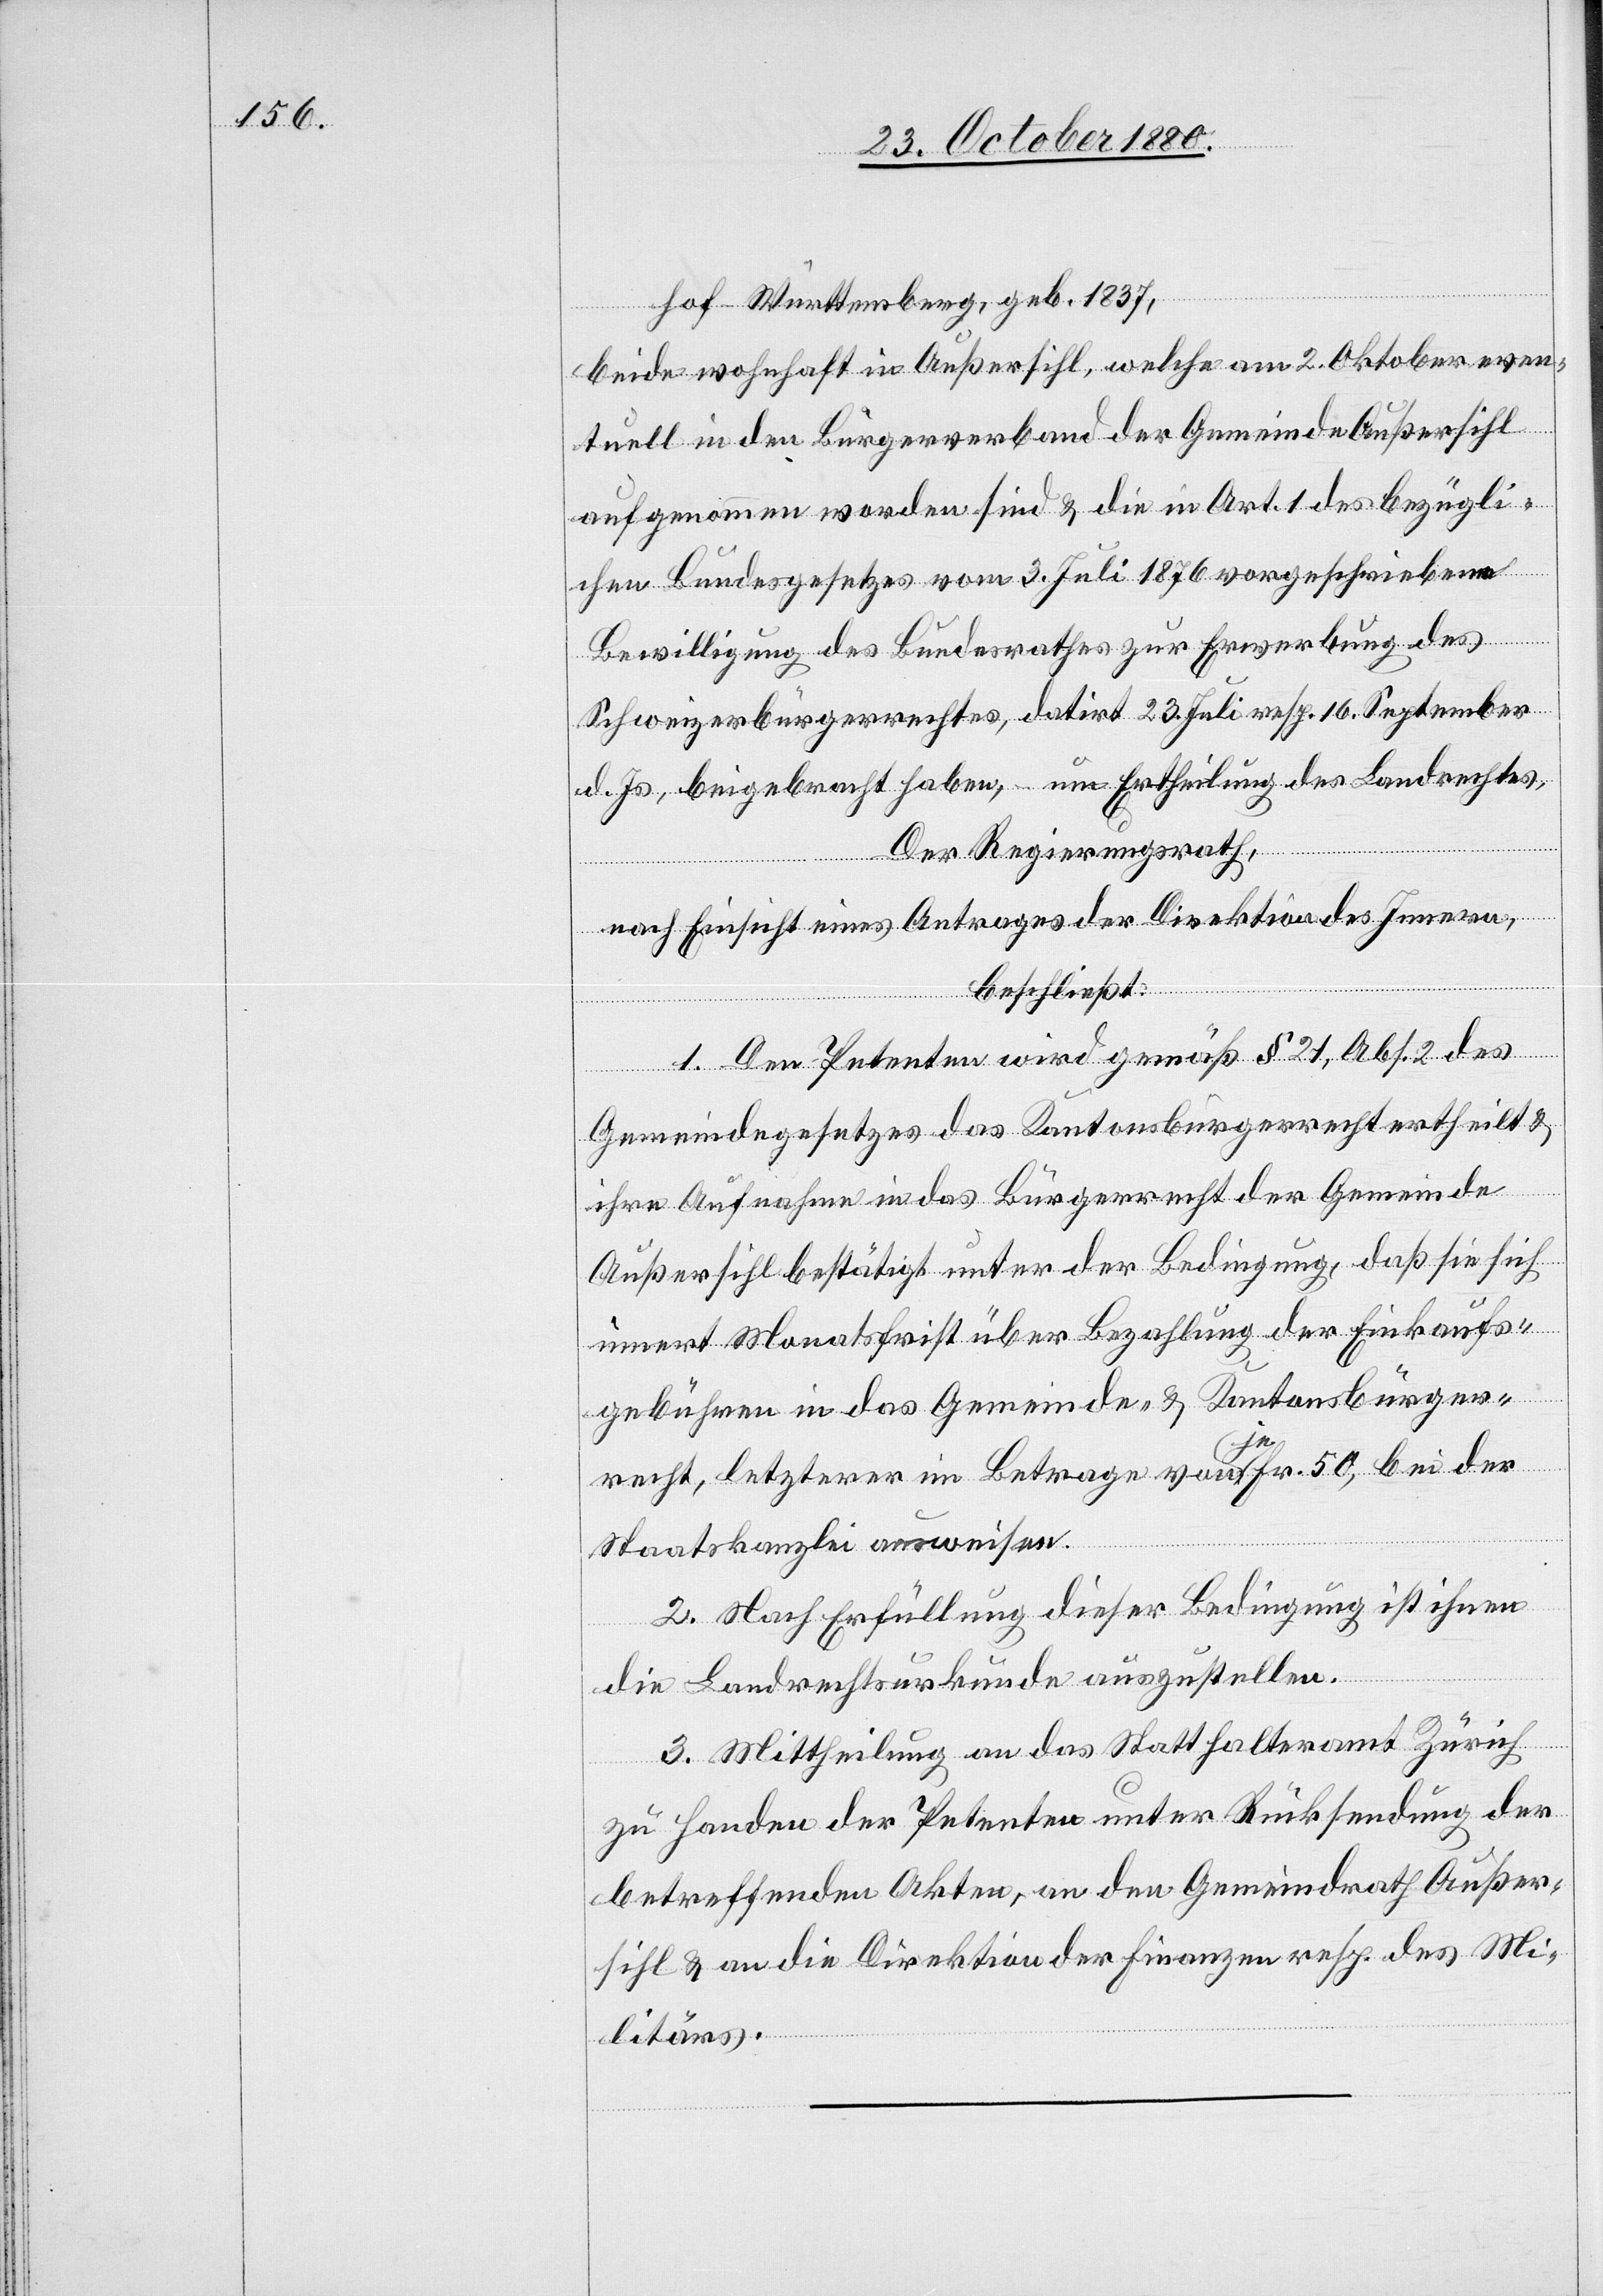
hof - Württemberg, geb. 1837,
beide wohnhaft in Außersihl, welche am 2. Oktober even¬
tuell in den Bürgerverband der Gemeinde Außersihl
aufgenommen worden sind & die in Art. 1 des bezügli¬
chen Bundesgesetzes vom 3. Juli 1876 vorgeschriebene
Bewilligung des Bundesrathes zur Erwerbung des
Schweizerbürgerrechtes, datirt 23. Juli resp. 16. September
d. Js., beigebracht haben, um Ertheilung des Landrechtes.
Der Regierungsrath,
nach Einsicht eines Antrages der Direktion des Innern,
beschließt:
1. Den Petenten wird gemäß § 21, Abs. 2 des
Gemeindegesetzes das Kantonsbürgerrecht ertheilt &
ihre Aufnahme in das Bürgerrecht der Gemeinde
Außersihl bestätigt unter der Bedingung, daß sie sich
innert Monatsfrist über Bezahlung der Einkaufs¬
gebühren in das Gemeinde- & Kantonsbürger¬
recht, letzterer im Betrage von je Fr. 50, bei der
Staatskanzlei ausweisen.
2. Nach Erfüllung dieser Bedingung ist ihnen
die Landrechtsurkunde auszustellen.
3. Mittheilung an das Statthalteramt Zürich
zu Handen der Petenten unter Rücksendung der
betreffenden Akten, an den Gemeindrath Außer¬
sihl & an die Direktion der Finanzen resp. des Mi¬
litärs.